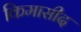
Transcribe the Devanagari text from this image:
किमासीद